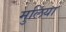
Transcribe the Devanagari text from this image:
मुलिया